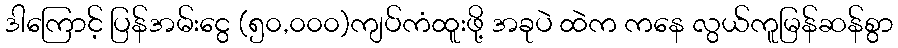
ဒါကြောင့် ပြန်အမ်းငွေ (၅၀,၀၀၀)ကျပ်ကံထူးဖို့ အခုပဲ ထဲက ကနေ လွယ်ကူမြန်ဆန်စွာ